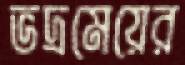
ভদ্রমেয়ের